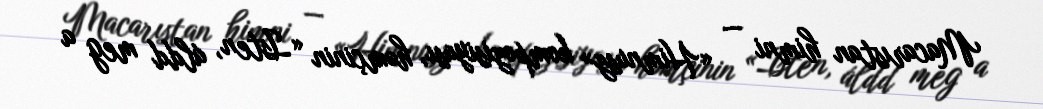
Macarıstan himni — «Himnusz» kompozisiyası, həmçinin «Isten, áldd meg a